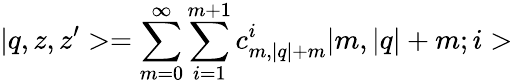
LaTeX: |q,z,z^{\prime}>=\sum_{m=0}^{\infty}\sum_{i=1}^{m+1}c_{m,|q|+m}^{i}|m,|q|+m;i>